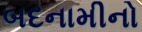
બદનામીનો